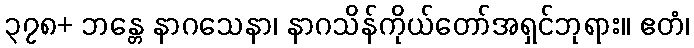
၃၇၈+ ဘန္တေ နာဂသေနာ၊ နာဂသိန်ကိုယ်တော်အရှင်ဘုရား။ ဧတံ၊